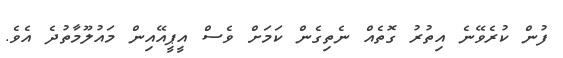
ފުން ކުރެވޭނެ އިތުރު ގޮތެއް ނެތިގެން ކަމަށް ވެސް އީޕީއޭއިން މައުލޫމާތުދެ އެވެ.